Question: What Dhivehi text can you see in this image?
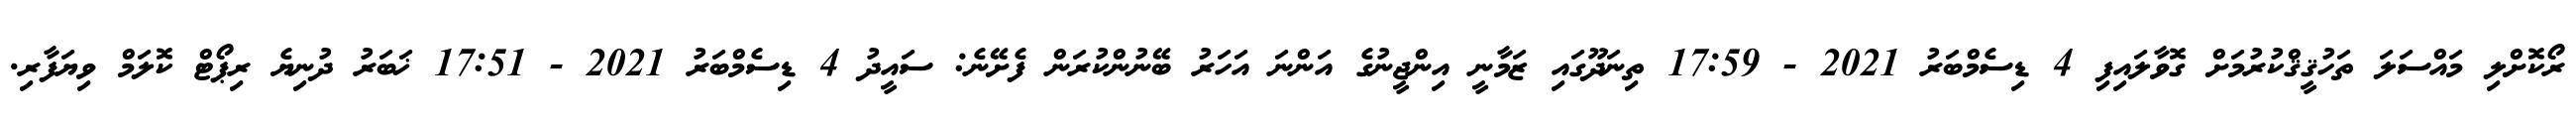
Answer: ރޯކޮށްލި މައްސަލަ ތަހުޤީޤްކުރުމަށް ގޮވާލައިފި 4 ޑިސެމްބަރު 2021 - 17:59 ތިނަދޫގައި ޒަމާނީ އިންޖީނުގެ އަންނަ އަހަރު ބޭނުންކުރަން ފެށޭނެ: ސައީދު 4 ޑިސެމްބަރު 2021 - 17:51 ޚަބަރު ދުނިޔެ ރިޕޯޓް ކޮލަމް ވިޔަފާރި.